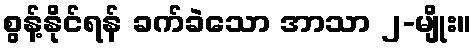
စွန့်နိုင်ရန် ခက်ခဲသော အာသာ ၂-မျိုး။